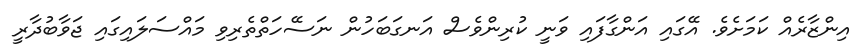
އިންޒާރެއް ކަމަށެވެ. އޭގައި އަންގާފައި ވަނީ ކުރިންވެސް އަނގަބަހުން ނަސޭހަތްތެރިިވި މައްސަލައިގައި ޖަވާބުދާރީ